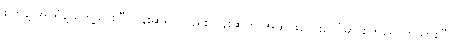
စိတ်နဲ့ အာရုံနဲ့ တွေ့သွားပြီ၊ ပန်းဆိုရင်လည်း ပန်းဆိုတဲ့ အဆင်းလေးပေါ်မှာ စိတ်ရောက်သွားပြီ၊